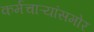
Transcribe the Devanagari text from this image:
कर्मचाऱ्यांसमोर